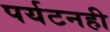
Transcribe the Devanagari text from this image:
पर्यटनही